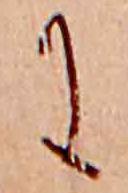
に